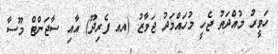
ހަވީރު މުއްދަތު ޖެހީ މުހައްމަދު ޖަވާޒު (އއ ފެރިދޫ) އާއި ސާޖަންޓް މޫސާ